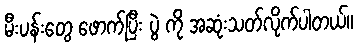
မီးပန်းတွေ ဖောက်ပြီး ပွဲ ကို အဆုံးသတ်လိုက်ပါတယ်။